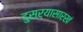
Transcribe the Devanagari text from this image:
दुसऱ्यासारखं